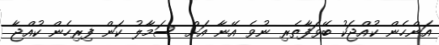
އަންހެން ކުއްޖަކު ބޭވަފާތެރި ނުވެ އޭނާ އަށް ސަމާލު ކަން ފިރިހެން ކުއްޖާ